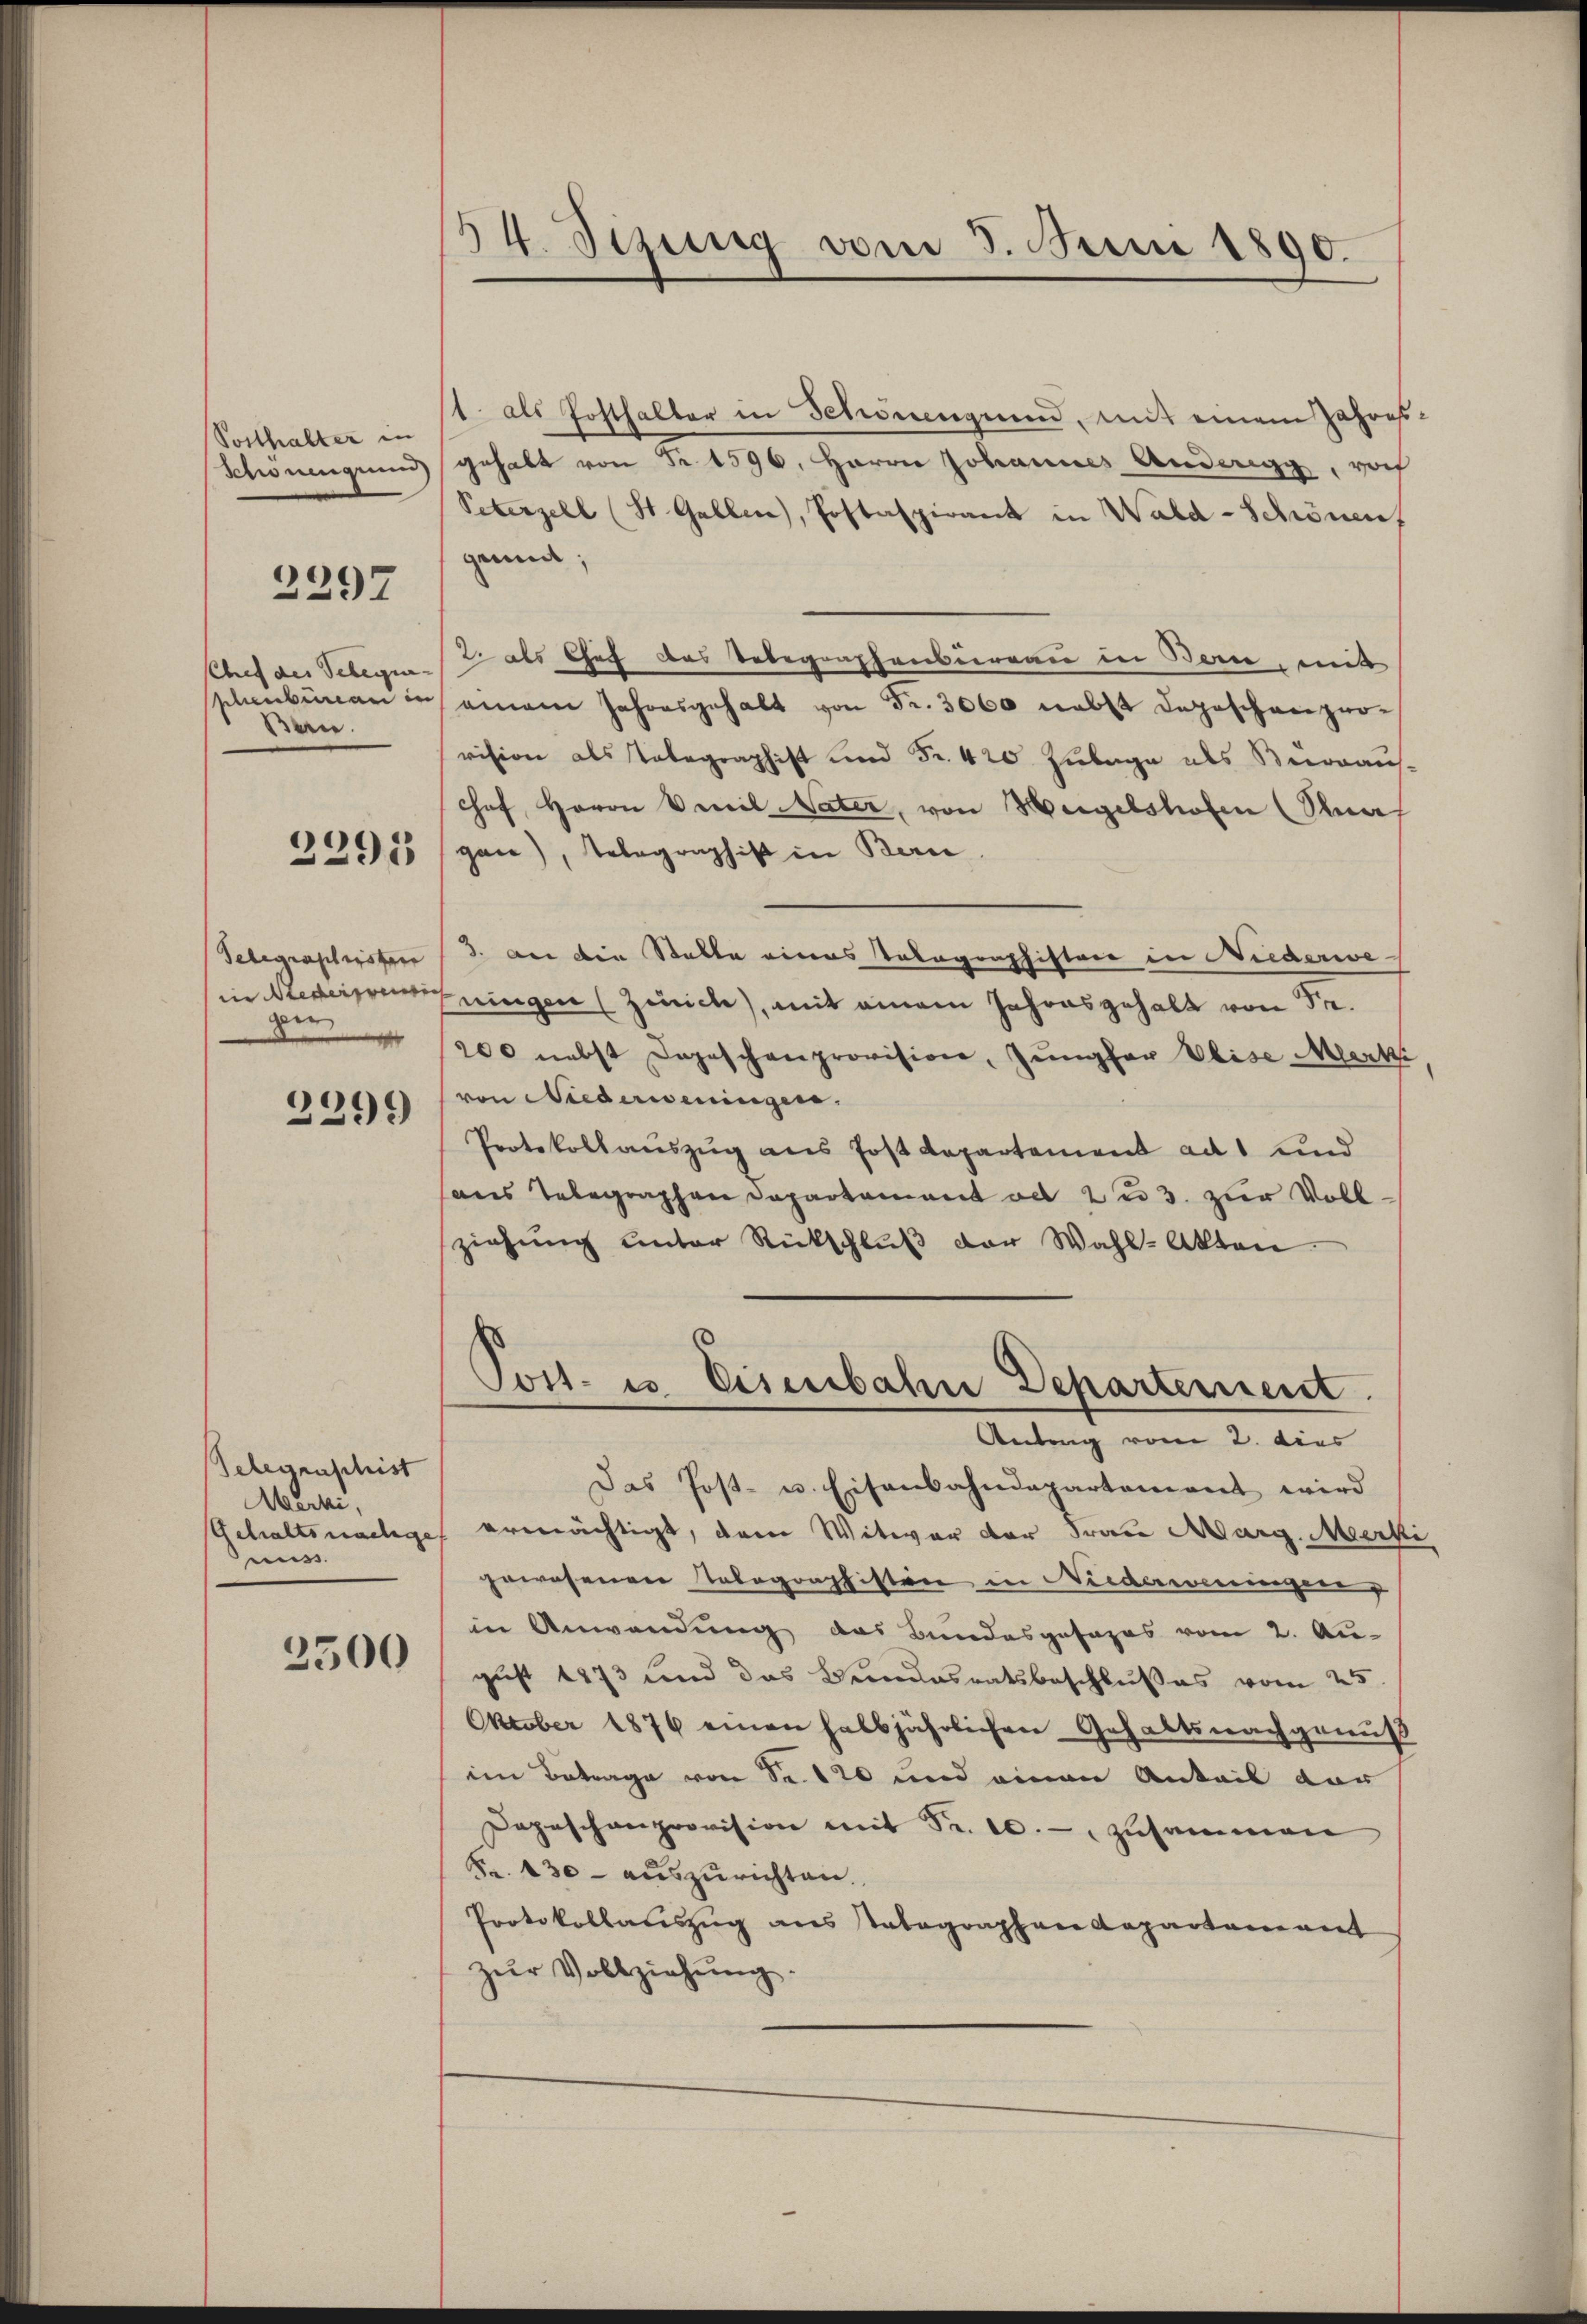
Potthalter in
Schönengrun

2297

Chef des Telegen
schenbureau in
Bern.

2295

Telegraphestern
in Niederwein
zu

2299)

Gelegenschist
Mirki,
Gehaltswachge
mus.

3500

54. Sezung vom 3. Juni 1890.

1. als Posthalter in Schönengen, mit einem Jahresgehalt von Fr. 1596, Herrn Johannes Anderegg, noch
Petenzell (St. Gallen, Postaspirant in Wald-Schönen,
grund;
2 als Chef das Telegraphenbureau in Bern, mit
einem Jahresgehalt von Fr. 3000 nebst dageschweizer-
vision als Telegraphist und Fr. 420 Zulage als Beoraus-
hof, Herrn Vereil Vater, von Weigelshofen (Rea
gan), Telegraphist in Beri
. Der die Statte eines Telegraphisten in Niederweningen (Zürich), mit einem Jahresgehalt von Sr.
200 nebst Depeschenprovision, Jungfer Weise Merki
von Niederweningen.
Protokollauszug aus Jost Departement ad 1 und
aus Telegraphen Departement ad 2. 3. zur Vollziehung unter Rückschluß der Wahl-Akten
Post- u. Eisenbahn Departement.
Antrag vom 2. dies
Das Post- u. Eisenbahndepartement wird
ermächtigt, dem Witwer der Frau Marg. Merki
gewesenen Telegraphisten in Niederungen
in Anwendung das Bundesgesages vom 2. Au-
gust 1873 und das Beendesratsbeschlußes vom 25.
Oktober 1876 einen halbjährlichen Gehaltsnachgenuß
im Betrage von Sr. 120 und einen Anteil dar
Depeschanprovision mit Fr. 10.- zusammen
Fr. 130 - auszurichten.
Protokollauszug aus Tabographen Repartamant
zŭr Vollziehung.